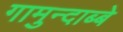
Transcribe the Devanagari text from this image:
गामुन्दाब्बे